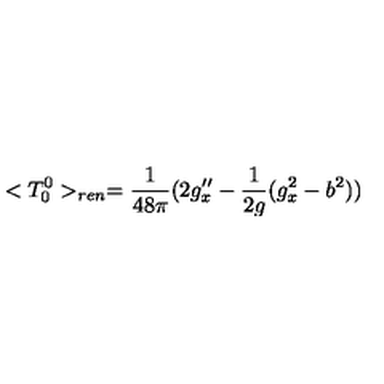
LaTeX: < T _ { 0 } ^ { 0 } > _ { r e n } = { \frac { 1 } { 4 8 \pi } } ( 2 g _ { x } ^ { \prime \prime } - { \frac { 1 } { 2 g } } ( g _ { x } ^ { 2 } - b ^ { 2 } ) )